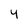
Character: 4